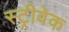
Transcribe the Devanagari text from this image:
स्ट्रीवेक